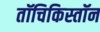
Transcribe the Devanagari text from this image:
तॉचिकिस्तॉन